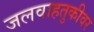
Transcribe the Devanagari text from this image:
जलवाहतुकीवर